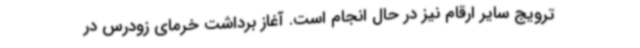
ترویج سایر ارقام نیز در حال انجام است. آغاز برداشت خرمای زودرس‌ در